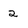
Character: 2